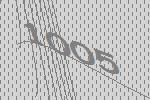
1005